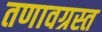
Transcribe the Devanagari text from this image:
तणावग्रस्त